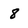
Character: 8